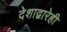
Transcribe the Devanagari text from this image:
देशाद्वारेही